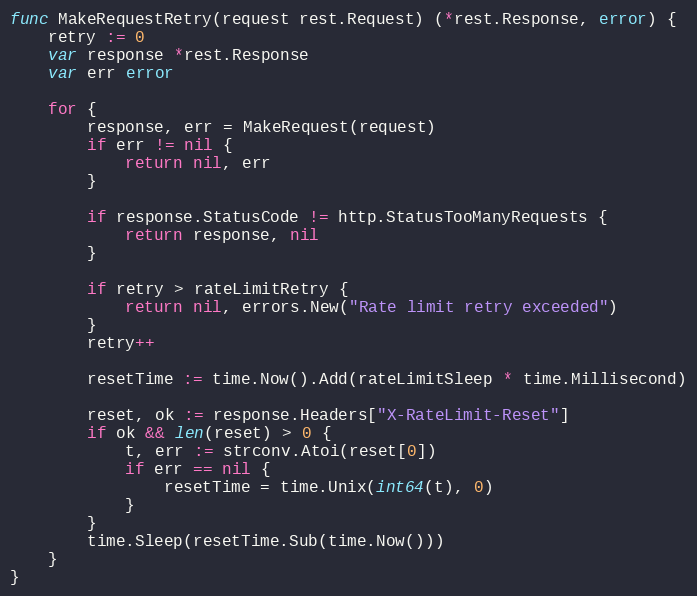
Language: Go
func MakeRequestRetry(request rest.Request) (*rest.Response, error) {
	retry := 0
	var response *rest.Response
	var err error

	for {
		response, err = MakeRequest(request)
		if err != nil {
			return nil, err
		}

		if response.StatusCode != http.StatusTooManyRequests {
			return response, nil
		}

		if retry > rateLimitRetry {
			return nil, errors.New("Rate limit retry exceeded")
		}
		retry++

		resetTime := time.Now().Add(rateLimitSleep * time.Millisecond)

		reset, ok := response.Headers["X-RateLimit-Reset"]
		if ok && len(reset) > 0 {
			t, err := strconv.Atoi(reset[0])
			if err == nil {
				resetTime = time.Unix(int64(t), 0)
			}
		}
		time.Sleep(resetTime.Sub(time.Now()))
	}
}